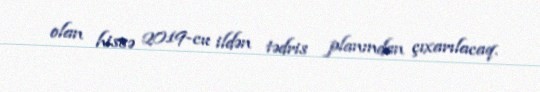
olan hissə 2019-cu ildən tədris planından çıxarılacaq.